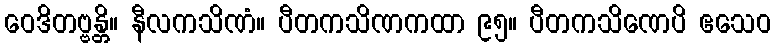
ဝေဒိတဗ္ဗန္တိ။ နီလကသိဏံ။ ပီတကသိဏကထာ ၉၅။ ပီတကသိဏေပိ ဧသေဝ